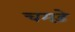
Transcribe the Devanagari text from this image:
चमडे़